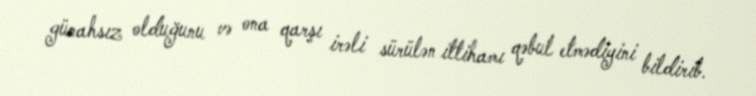
günahsız olduğunu və ona qarşı irəli sürülən ittihamı qəbul etmədiyini bildirib.